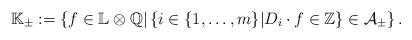
LaTeX: \begin{align*}\mathbb K_\pm:=\left\{f\in \mathbb L\otimes \mathbb Q|\left\{i \in \{1,\ldots,m\}| D_i\cdot f\in \mathbb Z \right\}\in \mathcal A_\pm\right\}.\end{align*}